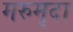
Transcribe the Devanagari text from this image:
मरुमृदा